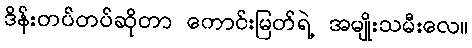
ဒိန်းတပ်တပ်ဆိုတာ ကောင်းမြတ်ရဲ့ အမျိုးသမီးလေ။